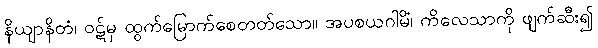
နိယျာနိတံ၊ ဝဋ်မှ ထွက်မြောက်စေတတ်သော။ အပစယဂါမိံ၊ ကိလေသာကို ဖျက်ဆီး၍